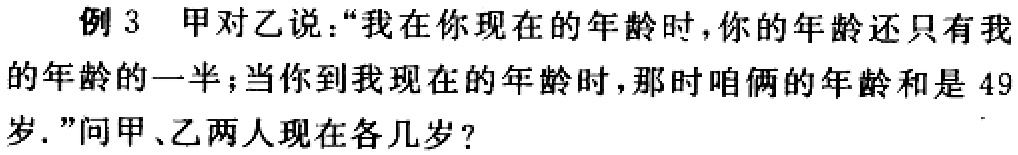
例 3 甲对乙说：“我在你现在的年龄时，你的年龄还只有我的年龄的一半；当你到我现在的年龄时，那时咱俩的年龄和是 49 岁.”问甲、乙两人现在各几岁？